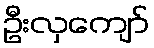
ဦးလှကျော်